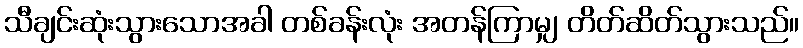
သီချင်းဆုံးသွားသောအခါ တစ်ခန်းလုံး အတန်ကြာမျှ တိတ်ဆိတ်သွားသည်။